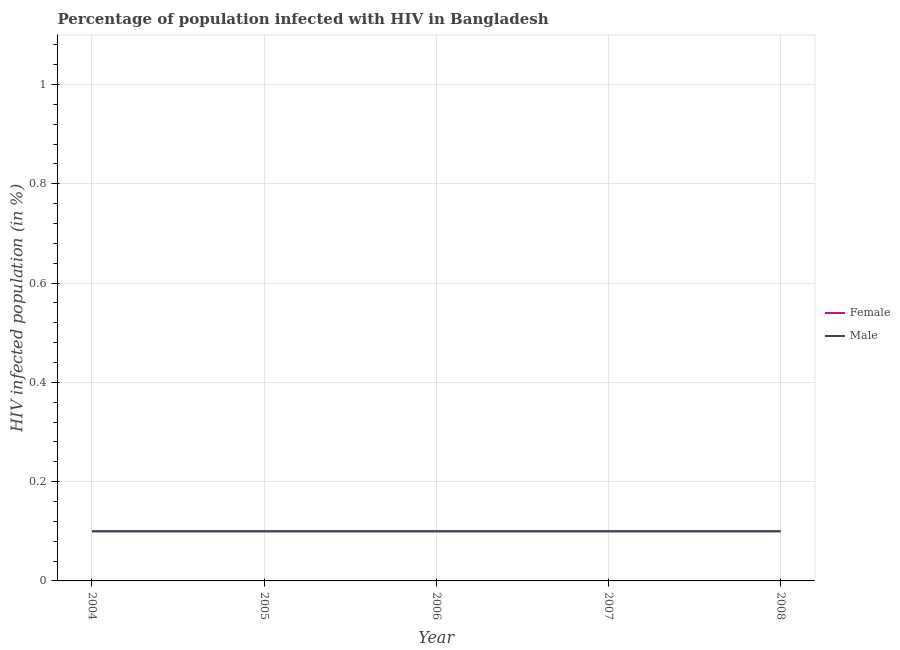
| Year | Female | Male |
 | --- | --- | --- |
 | 2004 | 0.1 | 0.1 |
 | 2005 | 0.1 | 0.1 |
 | 2006 | 0.1 | 0.1 |
 | 2007 | 0.1 | 0.1 |
 | 2008 | 0.1 | 0.1 |